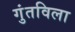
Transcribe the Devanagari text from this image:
गुंतविला